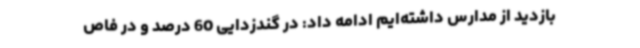
بازدید از مدارس داشته‌ایم ادامه داد: در گندزدایی 60 درصد و در فاص